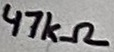
Text: 47kΩ